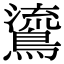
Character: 𪃂